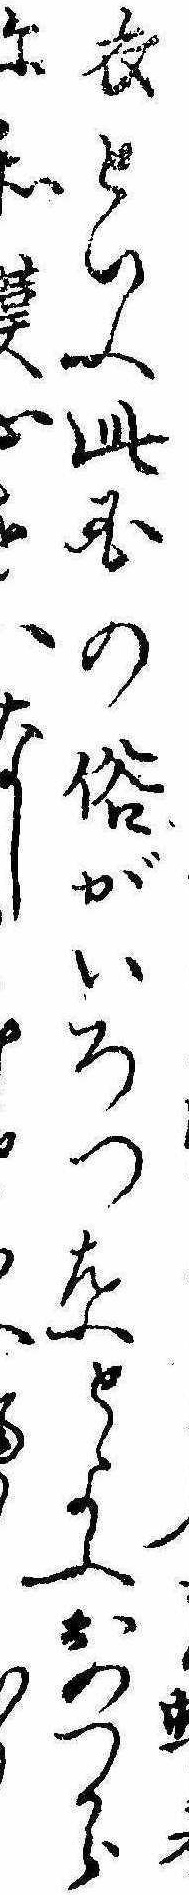
衣といふ此国の俗がいろつ葉とよふおのつからに和漢心おなし